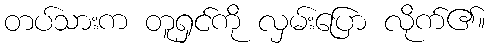
တပ်သားက တူရှင်ကို လှမ်းပြော လိုက်၏။